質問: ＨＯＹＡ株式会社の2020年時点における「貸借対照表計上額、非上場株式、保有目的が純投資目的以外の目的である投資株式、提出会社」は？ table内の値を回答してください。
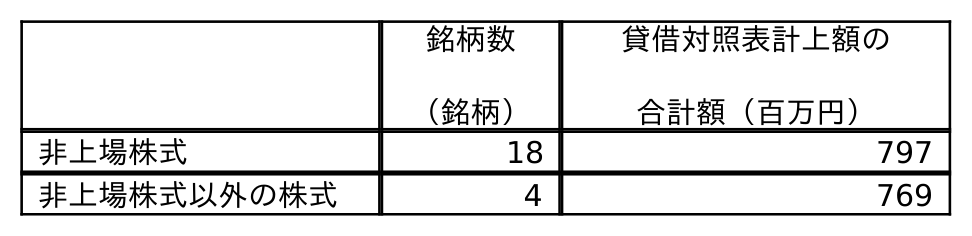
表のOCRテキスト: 銘柄数 （銘柄） 貸借対照表計上額の 合計額（百万円） 非上場株式 18 797 非上場株式以外の株式 4 769
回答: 797